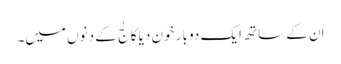
ان کے ساتھ ایک دو بار خون دیا کالج کے دنوں میں۔